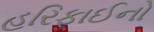
હરિફાઈનો